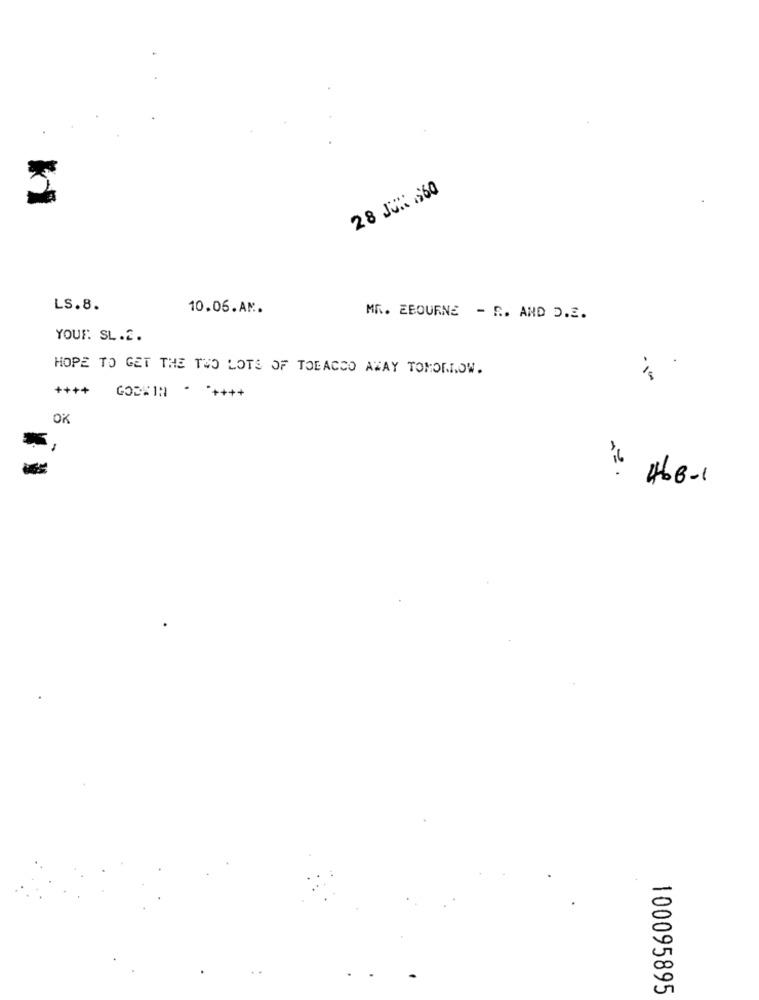
28 JUN .560
LS.8.
10.06.AM.
MR. ZBOURNE - R. AND D.E.
YOUR SL.2.
HOPE TO GET THE TWO LOTS OF TOBACCO AWAY TOMORROW.
OK
16
466-1
100095895